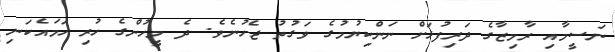
ނަސީމާއި ރާމިޒާގެ ދަރިފުޅަށް ނަންކިޔުމުގެ ވަގުތު ޖެހުނެވެ. ދެ މީހުންގެ ހުރި ހަމައެކަނި